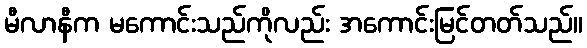
မီလာနီက မကောင်းသည်ကိုလည်း အကောင်းမြင်တတ်သည်။